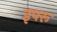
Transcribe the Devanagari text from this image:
इपरू